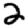
Digit: 2